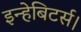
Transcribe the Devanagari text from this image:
इन्हेबिटर्स।